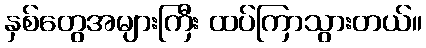
နှစ်တွေအများကြီး ထပ်ကြာသွားတယ်။